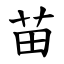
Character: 苗